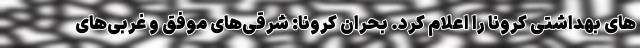
های بهداشتی کرونا را اعلام کرد. بحران کرونا: شرقی‌های موفق و غربی‌های